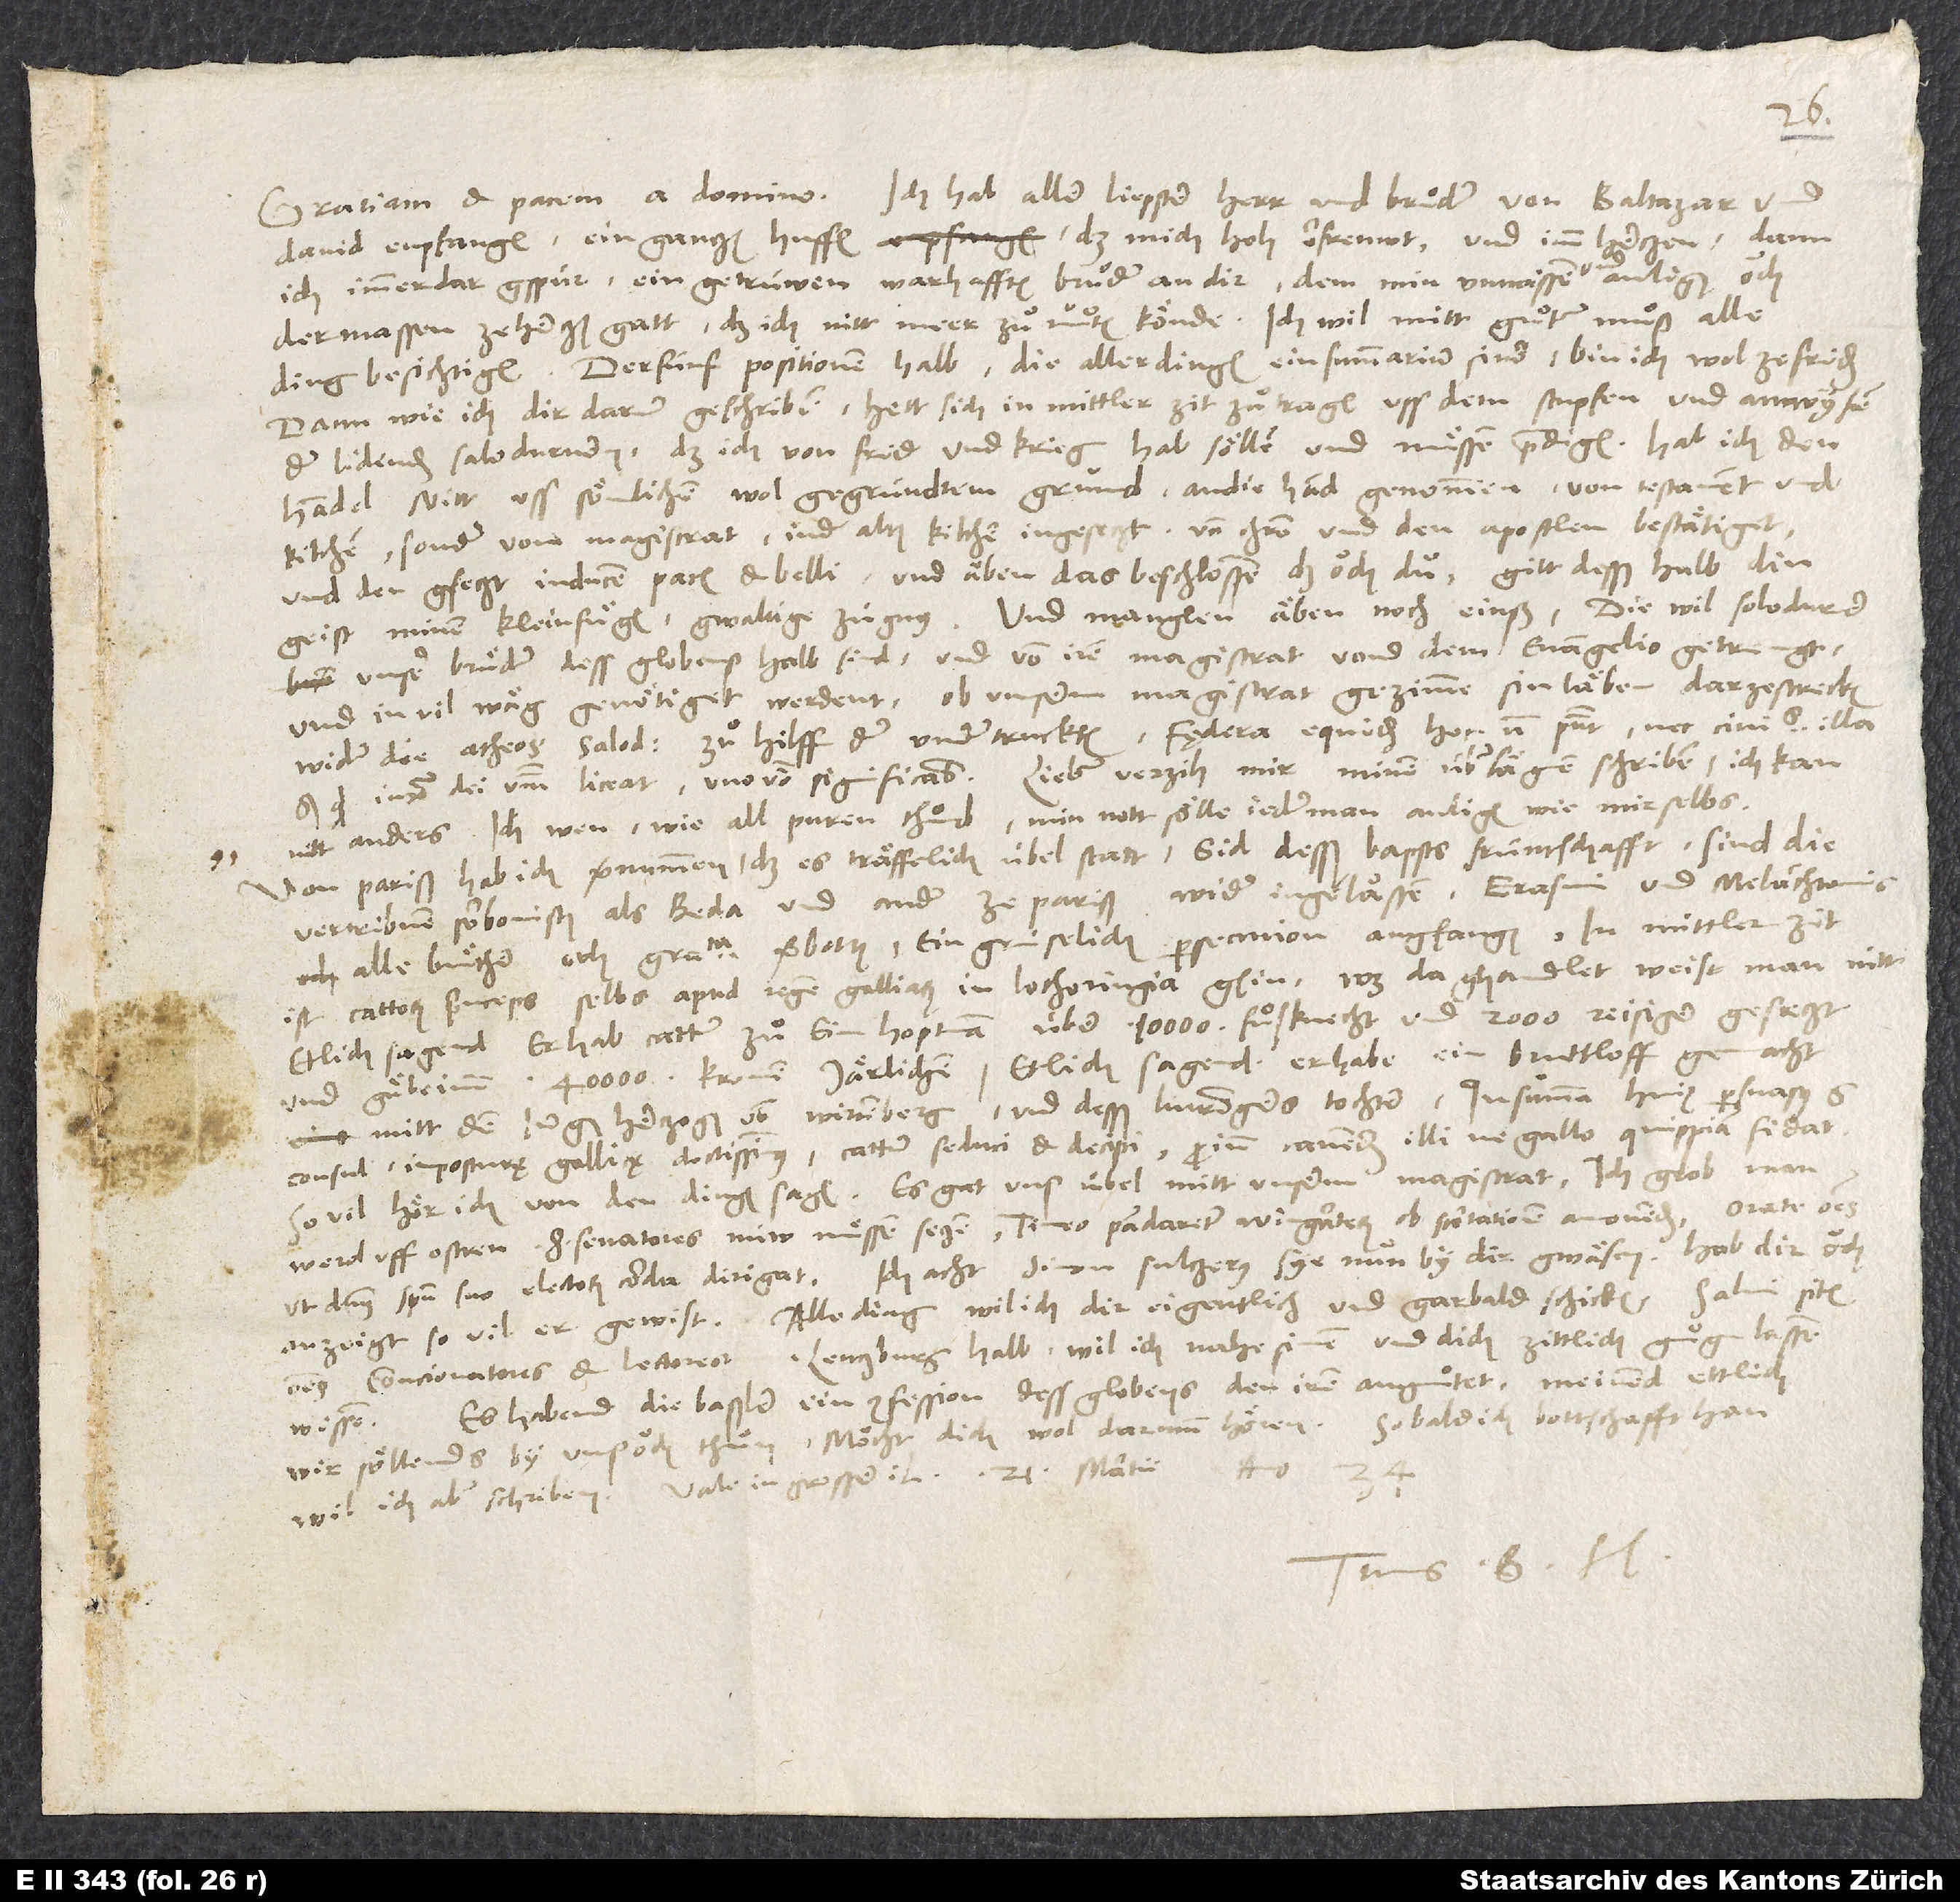
David enpfangen ein gantzen huffen, das mich hoh erfreuwt, und imm hertzen, dann
ich immerdar gspür ein getrüwen warhafften bruͦder an dir, dem min unwissen und anligen och
dermassen ze hertzen gatt, das ich nitt meer zumuten könde. Ich wil mitt guͦter muͦß alle
Der fünf positionen halb, die aller dingen ein summarium sind, bin ich wol zefriden;
dann wie ich dir darum geschriben, hett sich in mittler zit zuͦtragen uss dem stupfen und anwysen
der lidenden Salodurneren, daß ich von frid und krieg hab söllen und muͤssen predigen Hab ich den
handel nitt uss sömlichem wol gegründtem grund an die hand genommen von testament und
kilchen, sonder vom magistrat, in der alten kilchen ingesetzt, von Christo und den apostlen bestätiget,
und der gsetzt in ducem pacis et belli und äben das beschlossen, das och du; gilt desßhalb din
geist minem kleinfuͤgen gwaltige zügnus. Und manglen äben noch einß, diewil Solodurner
unser bruͤder dess globens halb sind und von irem magistrat von dem evangelio getrengt
und in vil wäg genötiget werdent ob unserm magistrat gezimme, sin läben darzestrecken
wider die atheos Salodurenses, zuͦ hilff der undertruckten. Faedera equidem hoc non possunt nec civitas illa.
nitt anders. Ich wen, wie all puren thuͦnd, min nott sölle jederman anligen, wie mir selbs.
Von Pariß hab ich vernummen, daß es träffelich übel statt. Sid desß bapsts früntschafft sind die
vertribnen Sorbonisten als Beda und ander ze Pariß wider ingelassen. Erasmi und Melanchtonis
alle buͤcher, och grammatica, verbotten. Ein gruselich persecution angfangen. In mittler zit
ist Cattorum princeps selbs apud regem Galliarum in Lothoringia gsin. Was da ghandlet, weist man nitt.
Etlich sagend, er hab Cattum zu eim hoptman über 10000 fusknecht und 2000 reisiger gesetzt
und gäbe imm 40000 kronen järlichen. Etlich sagend, er habe ein bruttloff gemacht
mitt dem jungen hertzogen von Wirtemberg und desß Lutringers tochter. In summa: Huius persuasus est
consul imposturę Gallicę doctissimus, Cattum seduci et decipi. Proinde cavendum illi, ne Gallo quippiam fidat.
werd uff ostren 8 senatores nüw muͤssen setzen. Timeo pandaretum Wingarterum ob scortationem amovendum. Orate omnes,
anzeigt, so vil er gewist. Alle ding wil ich dir eigentlich und gar bald schicken. Salvi sitis,
Es habend die Baßler ein confession dess globens den iren angemutet. Meinend ettlich,
wissen.
wir söllends by uns och thun. Möcht dich wol darumm hören. Sobald ich bottschafft han,
Tuus B. H.